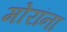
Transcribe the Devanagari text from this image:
मोरांना